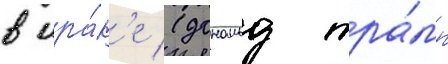
в ира́к'е (дональд тра́мп